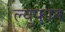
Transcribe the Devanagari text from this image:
ल्यूफान